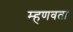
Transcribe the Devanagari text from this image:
म्हणवता